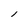
Character: l